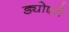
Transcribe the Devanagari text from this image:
ड्योएरो